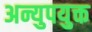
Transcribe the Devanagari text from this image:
अन्युपयुक्त